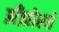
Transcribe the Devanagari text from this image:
झँझोरते